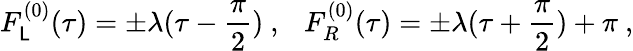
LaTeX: F_{\mathsf{L}}^{(0)}(\tau)=\pm\lambda(\tau-\frac{{\pi}}{{2}})\ ,~~~F_{R}^{(0)}(\tau)=\pm\lambda(\tau+\frac{{\pi}}{{2}})+\pi\ ,